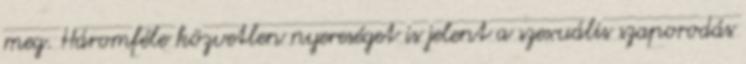
meg. Háromféle közvetlen nyereséget is jelent a szexuális szaporodás